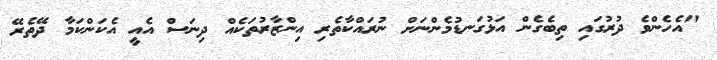
"އެހެންވެ ދުރުގައި ތިބެގެން އަޅުގަނޑުމެންނަށް ނުރައްކާތެރި އިންޒާރުތަކެއް ދިނަސް އެއީ އެކަންކަމާ ދޭތެރޭ